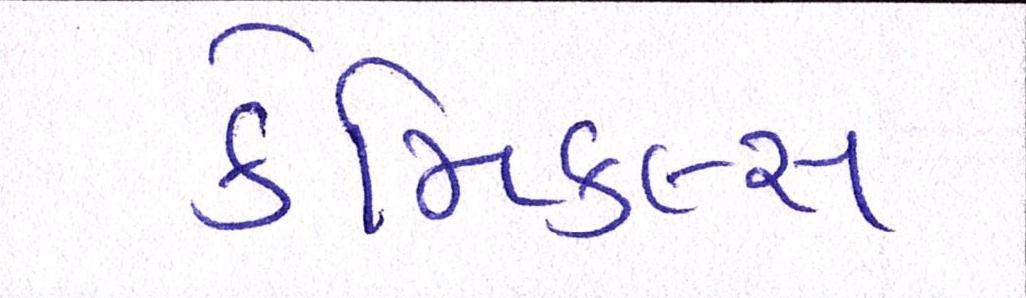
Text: કેમિકલ્સ